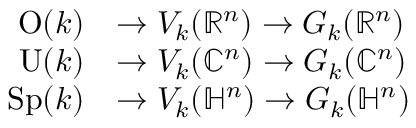
{ \begin{array} { r l } { \mathrm { O } ( k ) } & { \to V _ { k } ( \mathbb { R } ^ { n } ) \to G _ { k } ( \mathbb { R } ^ { n } ) } \\ { \mathrm { U } ( k ) } & { \to V _ { k } ( \mathbb { C } ^ { n } ) \to G _ { k } ( \mathbb { C } ^ { n } ) } \\ { \mathrm { S p } ( k ) } & { \to V _ { k } ( \mathbb { H } ^ { n } ) \to G _ { k } ( \mathbb { H } ^ { n } ) } \end{array} }